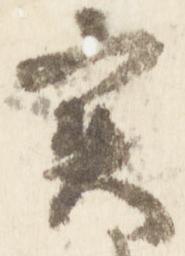
実